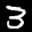
Label: 3